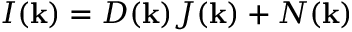
I ( \mathbf { k } ) = D ( \mathbf { k } ) J ( \mathbf { k } ) + N ( \mathbf { k } )